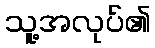
သူ့အလုပ်၏